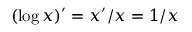
( \log x ) ^ { \prime } = x ^ { \prime } / x = 1 / x